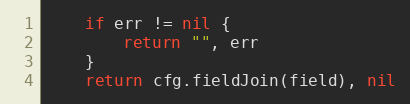
Language: Go
	if err != nil {
		return "", err
	}
	return cfg.fieldJoin(field), nil